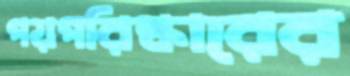
পয়পরিষ্কারের